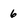
Character: 6